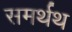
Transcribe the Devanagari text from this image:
समर्थथ